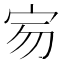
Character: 𡧤